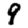
Digit: 9